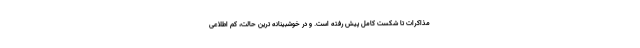
مذاکرات تا شکست کامل پیش رفته است. و در خوشبینانه ترین حالت، کم اطلاعی